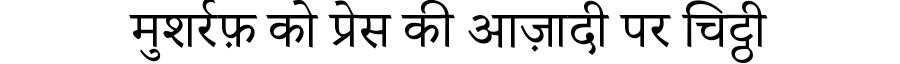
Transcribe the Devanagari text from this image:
मुशर्रफ़ को प्रेस की आज़ादी पर चिट्ठी